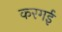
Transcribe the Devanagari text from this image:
करगई